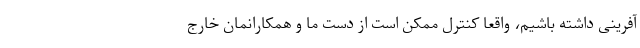
آفرینی داشته باشیم، واقعا کنترل ممکن است از دست ما و همکارانمان خارج